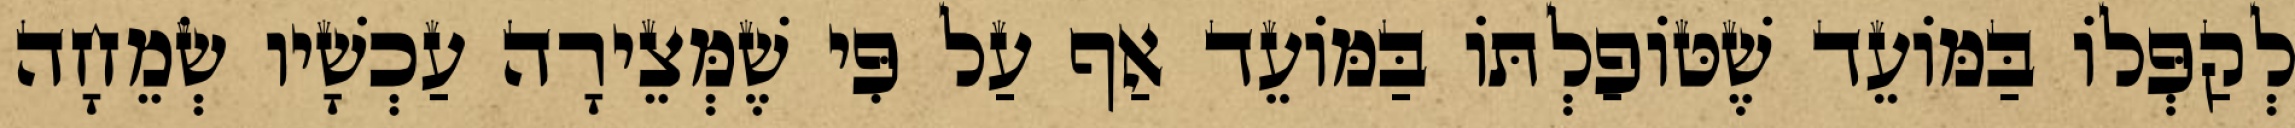
לְקַפְּלוֹ בַּמּוֹעֵד שֶׁטּוֹפַלְתּוֹ בַּמּוֹעֵד אַף עַל פִּי שֶׁמְּצֵירָה עַכְשָׁיו שְׂמֵחָה